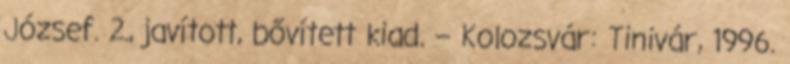
József. 2., javított, bővített kiad. – Kolozsvár: Tinivár, 1996.